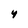
Character: 4